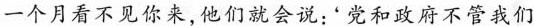
一个月看不见你来，他们就会说:'党和政府不管我们